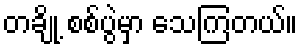
တချို့ စစ်ပွဲမှာ သေကြတယ်။